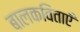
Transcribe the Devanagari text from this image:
बालकविताएँ